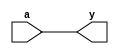
module gates(a, y);				//declare the module
input a;								//set the input
output y;							//set the output
assign y = a;						//assign a's value to y
endmodule							//end of program

//inverter
module _inv(a,y);					//declare the module
input a;								//set the input
output y;							//set the output
assign y = ~a;						//assign ~a to y
endmodule							//end of program

//2 input nand
module _nand2(a,b,y);			//declare the module
input a,b;							//set the input
output y;							//set the output
assign y = ~(a&b);				//assign ~(a&b) to y
endmodule							//end of program

//2 input and
module _and2(a,b,y);				//declare the module
input a,b;							//set the input
output y;							//set the output
assign y = a&b;					//assign a&b to y
endmodule							//end of program

//2 input or
module _or2(a,b,y);				//declare the module
input a,b;							//set the input
output y;							//set the output
assign y = a|b;					//assign a|b to y
endmodule							//end of program

//2 input xor
module _xor2(a,b,y);				//declare the module
input a,b;							//set the input
output y;							//set the output

wire w0, w1, w2, w3;				//set the wire	

_inv U0_inv(.a(a), .y(w0));						//declare inverter variable
_inv U1_inv(.a(b), .y(w1));						//declare inverter variable

_and2 U2_and2 (.a(w0),.b(b),.y(w2));			//declare and gate variable
_and2 U3_and2 (.a(w1),.b(a),.y(w3));			//declare and gate variable

_or2 U4_or2 (.a(w2), .b(w3), .y(y));			//declare ore gate variable

endmodule	

//3 input and
module _and3(a,b,c,y);								//declare _and3 module
input a,b,c;											//set input	
output y;												//set output
assign y=a&b&c;										//assign y's value to a&b&c
endmodule												//end

//4 input and
module _and4(a,b,c,d,y);							//declare _and4 module
input a,b,c,d;											//set input
output y;												//set output
assign y=a&b&c&d;										//assign y's value to a&b&c&d
endmodule

//5 input and
module _and5(a,b,c,d,e,y);							//declare _and5 module
input a,b,c,d,e;										//set input
output y;												//set output
assign y=a&b&c&d&e;									//assign y's value to a&b&c&d&e
endmodule

//3 input or
module _or3(a,b,c,y);								//declare _or3 module
input a,b,c;											//set input
output y;												//set output
assign y=a|b|c;										//assign y's value to a|b|c
endmodule

//4 input or
module _or4(a,b,c,d,y);								//declare _or4 module
input a,b,c,d;											//set input
output y;												//set output
assign y=a|b|c|d;										//assign y's value to a|b|c|d
endmodule

//5 input or
module _or5(a,b,c,d,e,y);							//declare _or5 module
input a,b,c,d,e;										//set input
output y;												//set output
assign y=a|b|c|d|e;									//assign y's value to a|b|c|d|e
endmodule

//4bits inverter
module _inv_4bits(a,y);								//declare _inv_4bits module
input [3:0] a;											//set 4bits input
output [3:0] y;										//set 4bits output
assign y=~a;											//assign y's value to ~a
endmodule

//4bits 2input and
module _and2_4bits(a,b,y);							//declare _and2_4bits module
input [3:0] a,b;										//set 4bits input	
output [3:0] y;										//set 4bits output
assign y=a&b;											//assign y's value to a&b
endmodule

//4bits 2input or
module _or2_4bits(a,b,y);							//declare _or2_4bits module
input [3:0] a,b;										//set 4bits input
output [3:0] y;										//set 4bits output
assign y=a|b;											//assign y's value to a|b
endmodule

//4bits 2input xor
module _xor2_4bits(a,b,y);							//declare _xor2_4bits module
input [3:0] a,b;										//set 4bits input
output [3:0] y;										//set 4bits output
_xor2 U0_xor2(.a(a[0]), .b(b[0]), .y(y[0])); _xor2 U1_xor2(.a(a[1]), .b(b[1]), .y(y[1])); _xor2 U2_xor2(.a(a[2]), .b(b[2]), .y(y[2])); _xor2 U3_xor2(.a(a[3]), .b(b[3]), .y(y[3]));			//set xor2 module
endmodule

//4 bits 2 input xnor
module _xnor2_4bits(a,b,y);						//declare _xnor2_4bits module
input [3:0] a,b;										//set 4bits input
output [3:0] y;										//set 4bits output
wire [3:0] w0;											//ser 4bits wire 
_xor2_4bits U0_xor2_4bits(.a(a), .b(b), .y(w0)); _inv_4bits  U1_inv_4bits(.a(w0), .y(y));				//set xor2_4bits module
endmodule

//32 bits inverter 
module _inv_32bits(a,y);							//declare _inv_32bits module
input [31:0] a;										//set 32bits input
output [31:0] y;										//set 32bits output
assign y=~a;											//assign y's value to ~a
endmodule

// 32 bits 2-to-1 and gate 
module _and2_32bits(a,b,y);						//declare _and2_32bits module
input [31:0] a,b;										//set 32bits input
output [31:0] y;										//set 32bits output
assign y=a&b;											//assign y's value to a&b
endmodule

// 32 bits 2-to-1 or gate
module _or2_32bits(a,b,y);							//declare _or2_32bits module
input [31:0] a,b;										//set 32bits input
output [31:0] y;										//set 32bits output
assign y=a|b;											//assign y's value to a|b
endmodule 												//end of program

//32 bits exclusive or gate
module _xor2_32bits(a,b,y);							//declare _xor2_32bits module
input [31:0] a,b;											//set 32bits input
output [31:0] y;											//set 32bits output
_xor2_4bits U0_xor2_4bits(.a(a[3:0]), .b(b[3:0]), .y(y[3:0]));			//set xor2_4bits module U0
_xor2_4bits U1_xor2_4bits(.a(a[7:4]), .b(b[7:4]), .y(y[7:4]));			//set xor2_4bits module U1
_xor2_4bits U2_xor2_4bits(.a(a[11:8]), .b(b[11:8]), .y(y[11:8]));				//set xor2_4bits module U2
_xor2_4bits U3_xor2_4bits(.a(a[15:12]), .b(b[15:12]), .y(y[15:12]));			//set xor2_4bits module U3
_xor2_4bits U4_xor2_4bits(.a(a[19:16]), .b(b[19:16]), .y(y[19:16]));			//set xor2_4bits module U4
_xor2_4bits U5_xor2_4bits(.a(a[23:20]), .b(b[23:20]), .y(y[23:20]));			//set xor2_4bits module U5
_xor2_4bits U6_xor2_4bits(.a(a[27:24]), .b(b[27:24]), .y(y[27:24]));			//set xor2_4bits module U6
_xor2_4bits U7_xor2_4bits(.a(a[31:28]), .b(b[31:28]), .y(y[31:28]));			//set xor2_4bits module U7
endmodule


//32 bits exclusive nor gate
module _xnor2_32bits(a,b,y);						//declare _xnor2_32bits module
input [31:0] a,b;										//set 32bits input
output [31:0] y;										//set 32bits output
_xnor2_4bits U0_xnor2_4bits(.a(a[3:0]), .b(b[3:0]), .y(y[3:0]));							//set xNor2_4bits module U0
_xnor2_4bits U1_xnor2_4bits(.a(a[7:4]), .b(b[7:4]), .y(y[7:4]));							//set xnor2_4bits module U1
_xnor2_4bits U2_xnor2_4bits(.a(a[11:8]), .b(b[11:8]), .y(y[11:8]));						//set xnor2_4bits module U2
_xnor2_4bits U3_xnor2_4bits(.a(a[15:12]), .b(b[15:12]), .y(y[15:12]));					//set xnor2_4bits module U3
_xnor2_4bits U4_xnor2_4bits(.a(a[19:16]), .b(b[19:16]), .y(y[19:16]));					//set xnor2_4bits module U4
_xnor2_4bits U5_xnor2_4bits(.a(a[23:20]), .b(b[23:20]), .y(y[23:20]));					//set xnor2_4bits module U5
_xnor2_4bits U6_xnor2_4bits(.a(a[27:24]), .b(b[27:24]), .y(y[27:24]));					//set xnor2_4bits module U6
_xnor2_4bits U7_xnor2_4bits(.a(a[31:28]), .b(b[31:28]), .y(y[31:28]));					//set xnor2_4bits module U7
endmodule

//2-to-1 nor gate
module _nor2(a,b,y);
input a,b;
output y;
assign y=~(a|b);
endmodule